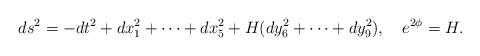
LaTeX: \begin{align*}ds^2=-dt^2+dx^2_1+\cdots+dx^2_5+H(dy^2_6+\cdots+dy^2_9),\ \ \ e^{2\phi}=H.\end{align*}